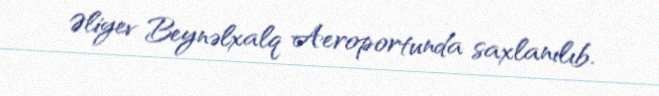
Əliyev Beynəlxalq Aeroportunda saxlanılıb.